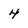
Character: 4